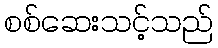
စစ်ဆေးသင့်သည်